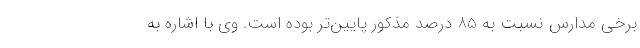
برخی مدارس نسبت به 85 درصد مذکور پایین‌تر بوده است. وی با اشاره به